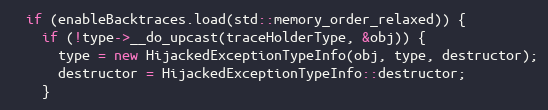
Language: C++
  if (enableBacktraces.load(std::memory_order_relaxed)) {
    if (!type->__do_upcast(traceHolderType, &obj)) {
      type = new HijackedExceptionTypeInfo(obj, type, destructor);
      destructor = HijackedExceptionTypeInfo::destructor;
    }